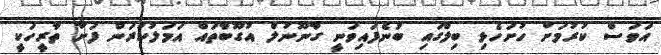
އަވަސް ކުރުމަށް ހުށަހެޅި ބިލްގައި ބުނެފައިވަނީ ގާނޫނުލް އުގޫބާތައް އަމަލުކުރަން ފަށާ ތާރީހަކީ